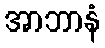
အာဘာနံ